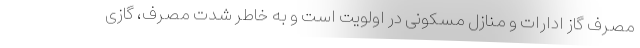
مصرف گاز ادارات و منازل مسکونی در اولویت است و به خاطر شدت مصرف، گازی